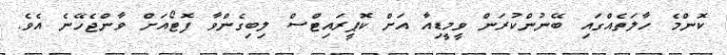
ކޮންމެ ހާލަތެއްގައި ބޭނުންކުރަން ވީމީޑިއާ އަށް ކޮޕީރައިޓްސް ލިބިގެންވާ ފޮޓޯއަށް ވާންޖެހޭނެ އެވެ.